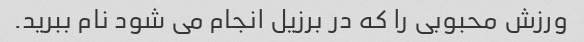
ورزش محبوبی را که در برزیل انجام می شود نام ببرید.